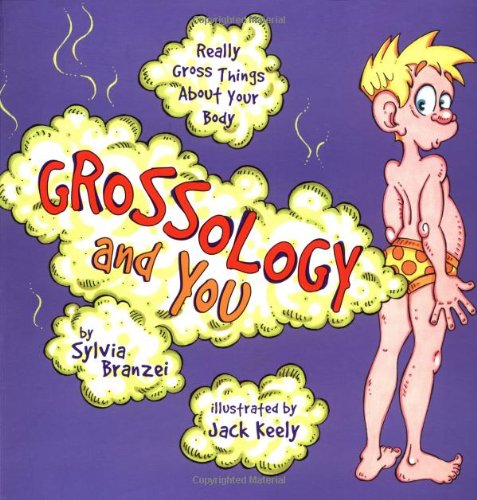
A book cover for Grossology and You; Sylvia Branzei; Children's Books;